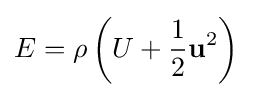
E=\rho \left(U+{\frac {1}{2}}\mathbf {u} ^{2}\right)\,\!